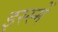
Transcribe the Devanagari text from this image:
इस्स्में